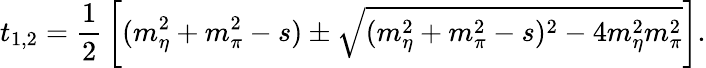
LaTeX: t_{1,2}={\frac{1}{2}}\left[(m_{\eta}^{2}+m_{\pi}^{2}-s)\pm\sqrt{(m_{\eta}^{2}+m_{\pi}^{2}-s)^{2}-4m_{\eta}^{2}m_{\pi}^{2}}\right].